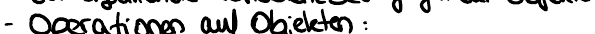
- Operationen auf Objekten: